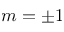
m = \pm 1